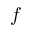
f